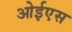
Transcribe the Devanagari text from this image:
ओईएस